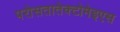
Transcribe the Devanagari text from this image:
परोसतातेक्टोमेइएस